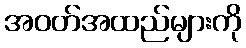
အဝတ်အထည်များကို